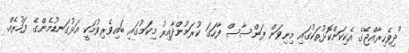
"ދިވެހިރާއްޖޭގެ އެކިކަންކޮޅުތަކުގައި މިނިވަން ފަންސާސް ފާހަގަ ކުރަމުންދާއިރު މިކަމުގައި ބައިވެރިވުމަކީ އަޅުގަނޑުމެންގެ ފަހުރެއް.